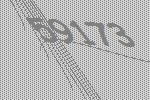
59173